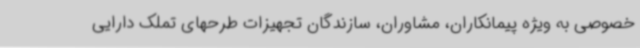
خصوصی به ویژه پیمانکاران، مشاوران، سازندگان تجهیزات طرحهای تملک دارایی